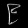
Digit: ၉